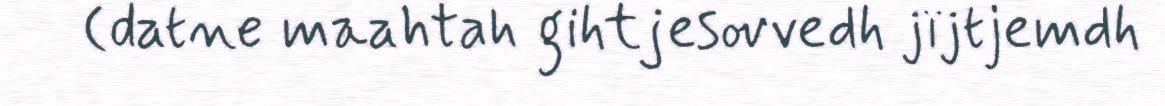
(datne maahtah gihtjesovvedh jïjtjemdh